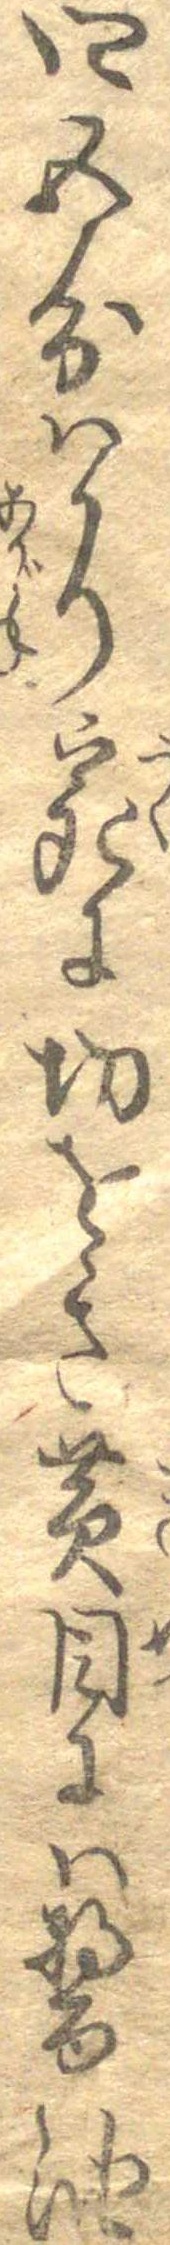
四五分はかり宛に切をき黄目には醤油